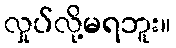
လှုပ်လို့မရဘူး။